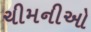
ચીમનીઓ